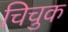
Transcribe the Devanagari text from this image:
चिचुक